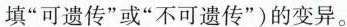
填”可遗传”或”不可遗传”)的变异。